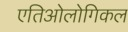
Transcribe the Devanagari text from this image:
एतिओलोगिकल